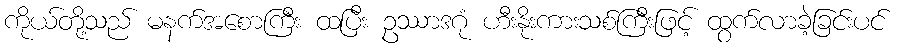
ကိုယ်တို့သည် မနက်အစောကြီး ထပြီး ဥဿာဒဂုံ ဟီးနိုးကားသစ်ကြီးဖြင့် ထွက်လာခဲ့ခြင်းပင်